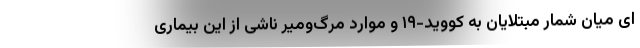
ای میان شمار مبتلایان به کووید-۱۹ و موارد مرگ‌ومیر ناشی از این بیماری